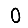
Digit: 0